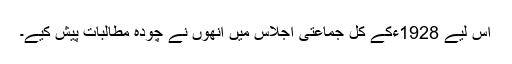
اس لیے 1928ءکے کل جماعتی اجلاس میں انھوں نے چودہ مطالبات پیش کیے۔